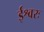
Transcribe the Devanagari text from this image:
ईश्वरः